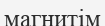
магнитім